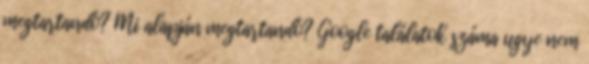
megtartandó? Mi alapján megtartandó? Google találatok száma ugye nem